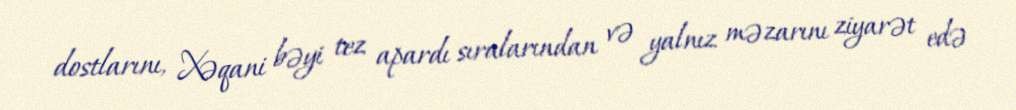
dostlarını, Xəqani bəyi tez apardı sıralarından və yalnız məzarını ziyarət edə